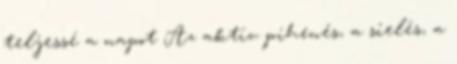
teljessé a napot Az aktív pihenés, a síelés, a